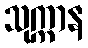
သုက္ကာန